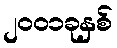
၂၀၀၁ခုနှစ်